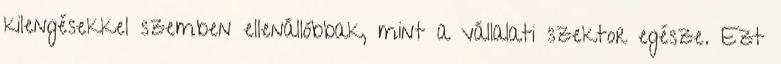
kilengésekkel szemben ellenállóbbak, mint a vállalati szektor egésze. Ezt